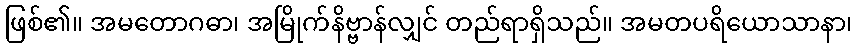
ဖြစ်၏။ အမတောဂဓာ၊ အမြိုက်နိဗ္ဗာန်လျှင် တည်ရာရှိသည်။ အမတပရိယောသာနာ၊